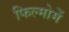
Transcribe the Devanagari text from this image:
फिल्मोमें